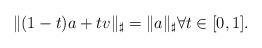
LaTeX: \begin{align*}\|(1-t)a+tv\|_\sharp=\|a\|_\sharp\forall t\in[0,1].\end{align*}